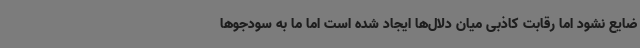
ضایع نشود اما رقابت کاذبی میان دلال‌ها ایجاد شده است اما ما به سودجوها